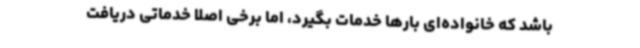
باشد که خانواده‌ای بارها خدمات بگیرد، اما برخی اصلا خدماتی دریافت